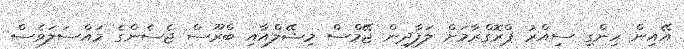
އޭއިން ހިންގި ސިއްރު ޕްރޮގްރާމަށް ލަފާދިން ޖޭމްސް މިޝޭލްއާއި ބްރޫސް ޖެސެންގެ މައްސަލަވެސް